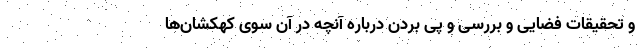
و تحقیقات فضایی و بررسی و پی بردن درباره آنچه در آن سوی کهکشان‌ها